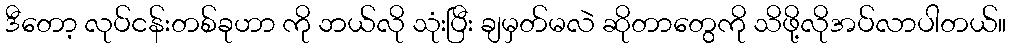
ဒီတော့ လုပ်ငန်းတစ်ခုဟာ ကို ဘယ်လို သုံးပြီး ချမှတ်မလဲ ဆိုတာတွေကို သိဖို့လိုအပ်လာပါတယ်။